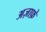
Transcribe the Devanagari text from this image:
अज़ाफ़े